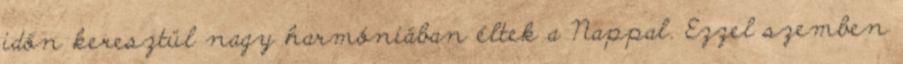
időn keresztül nagy harmóniában éltek a Nappal. Ezzel szemben